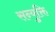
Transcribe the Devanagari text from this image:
सन्युक्ति